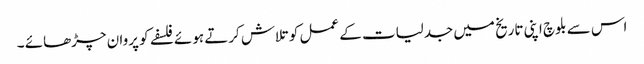
اس سے بلوچ اپنی تاریخ میں جدلیات کے عمل کو تلاش کرتے ہوئے فلسفے کو پروان چڑھائے ۔